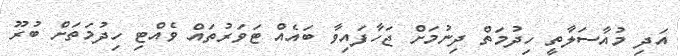
އަދި މުއާސަލާތީ ހިދުމަތް ދިނުމަށް ޖަހާފައިވާ ބައެއް ޓަވަރުތައް ވެއްޓި ހިދުމަތަށް ބުރޫ